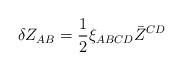
LaTeX: \begin{align*}\delta Z_{AB} =\frac{1}{2} \xi_{ABCD} \bar Z^{CD}\end{align*}